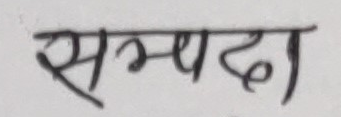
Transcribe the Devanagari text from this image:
सम्पदा